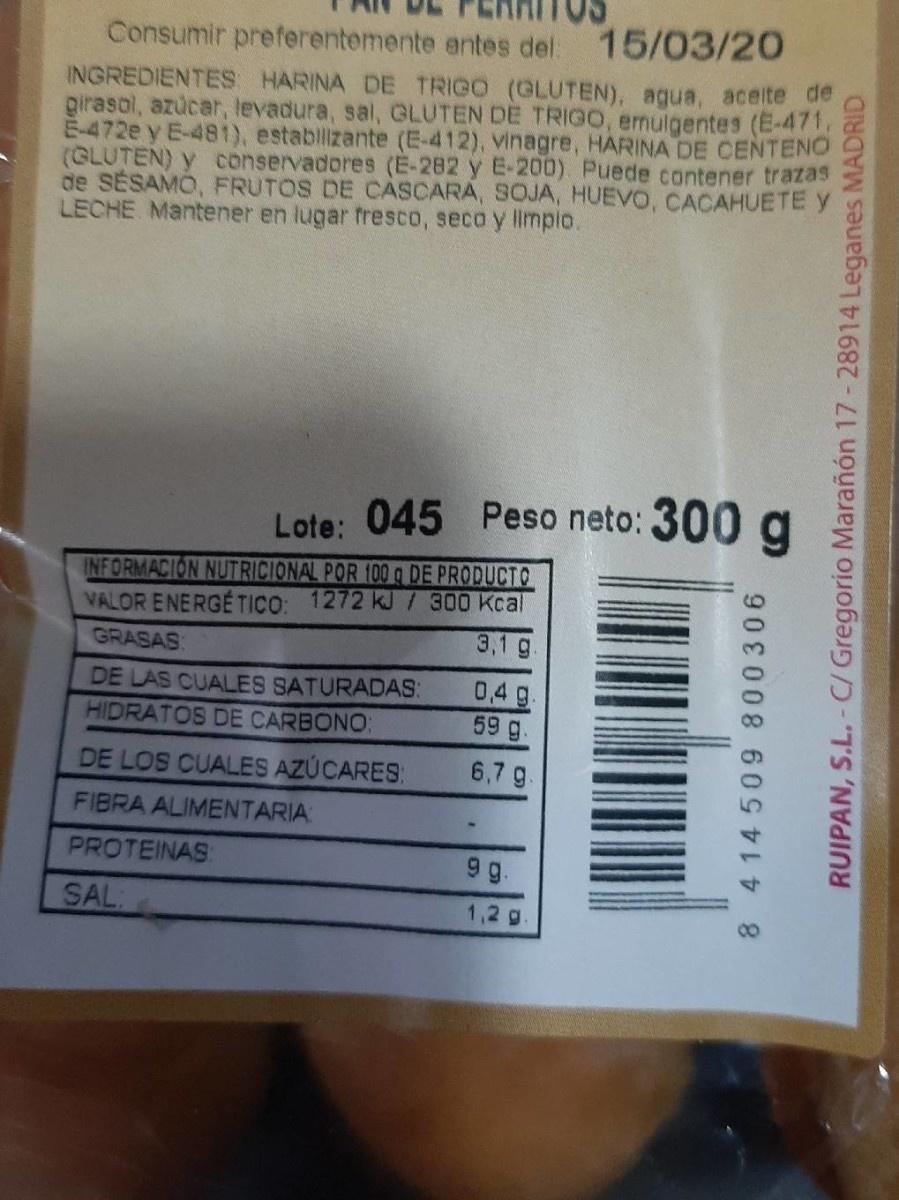
Consumir preferentemente antes del 15/03/20 INGREDIENTES HARINA DE TRIGO (GLUTEN), agua, aceite de girasol, azucar, levadura, sal, GLUTEN DE TRIG0, emulgentes (E-471. E-472e y E-481), establizante (E-412), vinagre, HARINA DE CENTENO (GLUTEN) y conservadores (E-282 y E-200) Puede contener trazas de SESAMO, FRUTOS DE CASCARA, SOJA, HUEVO, CACAHUETE y LECHE Mantener en lugar fresco, seco y limpio.
045 Peso neto: 300 g
INFORMACION NUTRICIONAL POR 100 g DE PRODUCTO
VALOR ENERGETICO: 1272 kJ /300 Kcal 3,1 g
GRASAS:
DE LAS CUALES SATURADAS: HIDRATOS DE CARBONO:
0,4g 59 g
DE LOS CUALES AZÚCARES:
6,7 g.
FIBRA ALIMENTARIA
PROTEINAS:
g.
SAL:
1,2 g
8 4 14 509 800306
RUIPAN, S.L.-C/ Gregorio Marañón 17-28914 Leganes MADRID